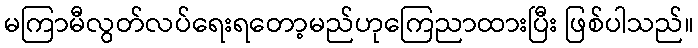
မကြာမီလွတ်လပ်ရေးရတော့မည်ဟုကြေညာထားပြီး ဖြစ်ပါသည်။